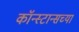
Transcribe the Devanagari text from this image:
कॉन्स्टान्सच्या